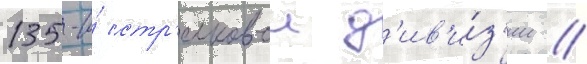
135-и́ стр'елковои д'ив'и́з'ии //